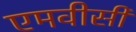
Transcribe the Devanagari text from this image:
एमवीसी